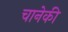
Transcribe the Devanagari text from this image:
चानेकी